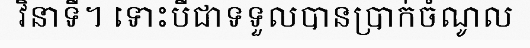
វិនាទី។ ទោះបីជាទទួលបានប្រាក់ចំណូល